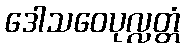
ဒေါသဝေပုလ္လတ္တံ